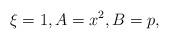
LaTeX: \begin{align*}\xi =1,A=x^{2},B=p,\\\end{align*}